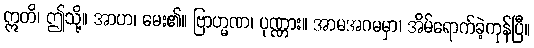
ဣတိ၊ ဤသို့။ အာဟ၊ မေး၏။ ဗြာဟ္မဏ၊ ပုဏ္ဏား။ အာမအဂမမှာ၊ အိမ်ရောက်ခဲ့ကုန်ပြီ။